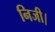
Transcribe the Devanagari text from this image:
निजी।